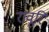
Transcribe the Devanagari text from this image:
रावूरि